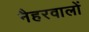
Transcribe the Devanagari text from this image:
नैहरवालों